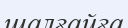
шалғайға